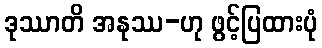
ဒုဿာတိ အနုဿ-ဟု ဖွင့်ပြထားပုံ